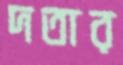
দতার